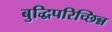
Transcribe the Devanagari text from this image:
बुद्धिपरिच्छिन्न